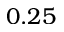
0 . 2 5